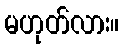
မဟုတ်လား။